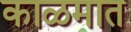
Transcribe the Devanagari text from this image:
काळमात